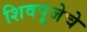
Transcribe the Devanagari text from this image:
शिवपूजेचे